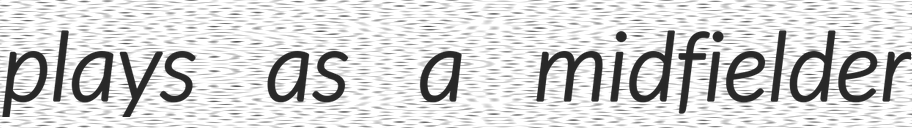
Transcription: plays as a midfielder